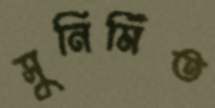
সুনির্মিত